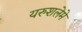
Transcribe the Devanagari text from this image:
यरुशलेमे